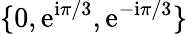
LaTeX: \{ 0,\mathrm{e}^{\mathrm{i}\pi/3},\mathrm{e}^{-\mathrm{i}\pi/3}\}